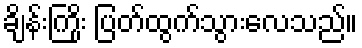
ချိန်းကြိုး ပြတ်ထွက်သွားလေသည်။